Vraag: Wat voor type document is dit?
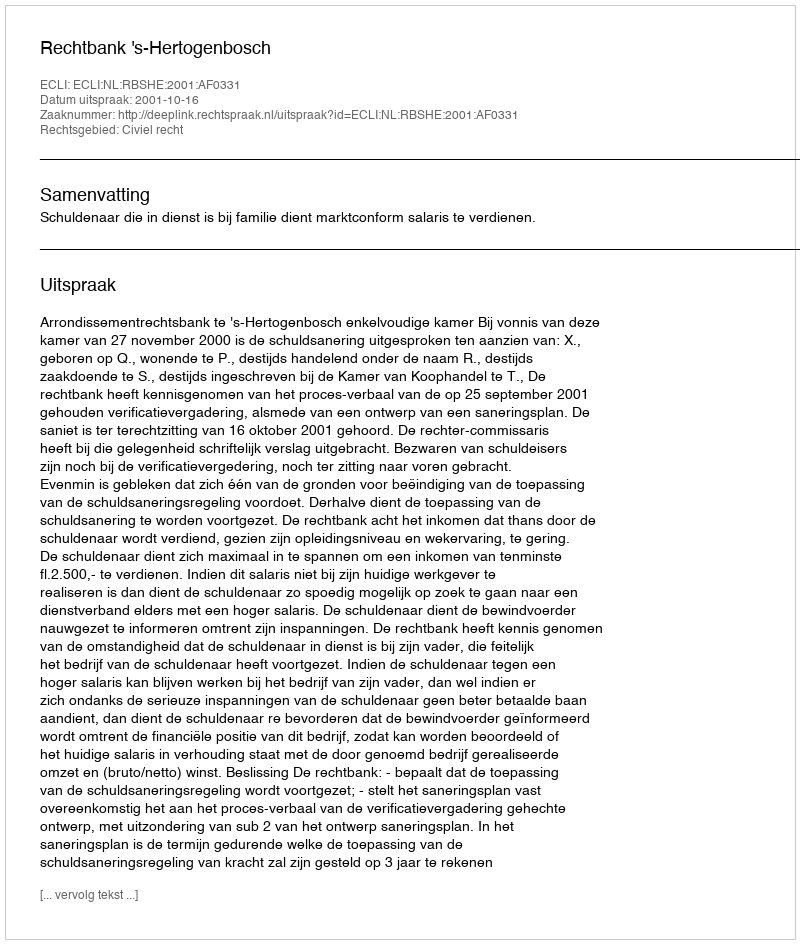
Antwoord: Uitspraak